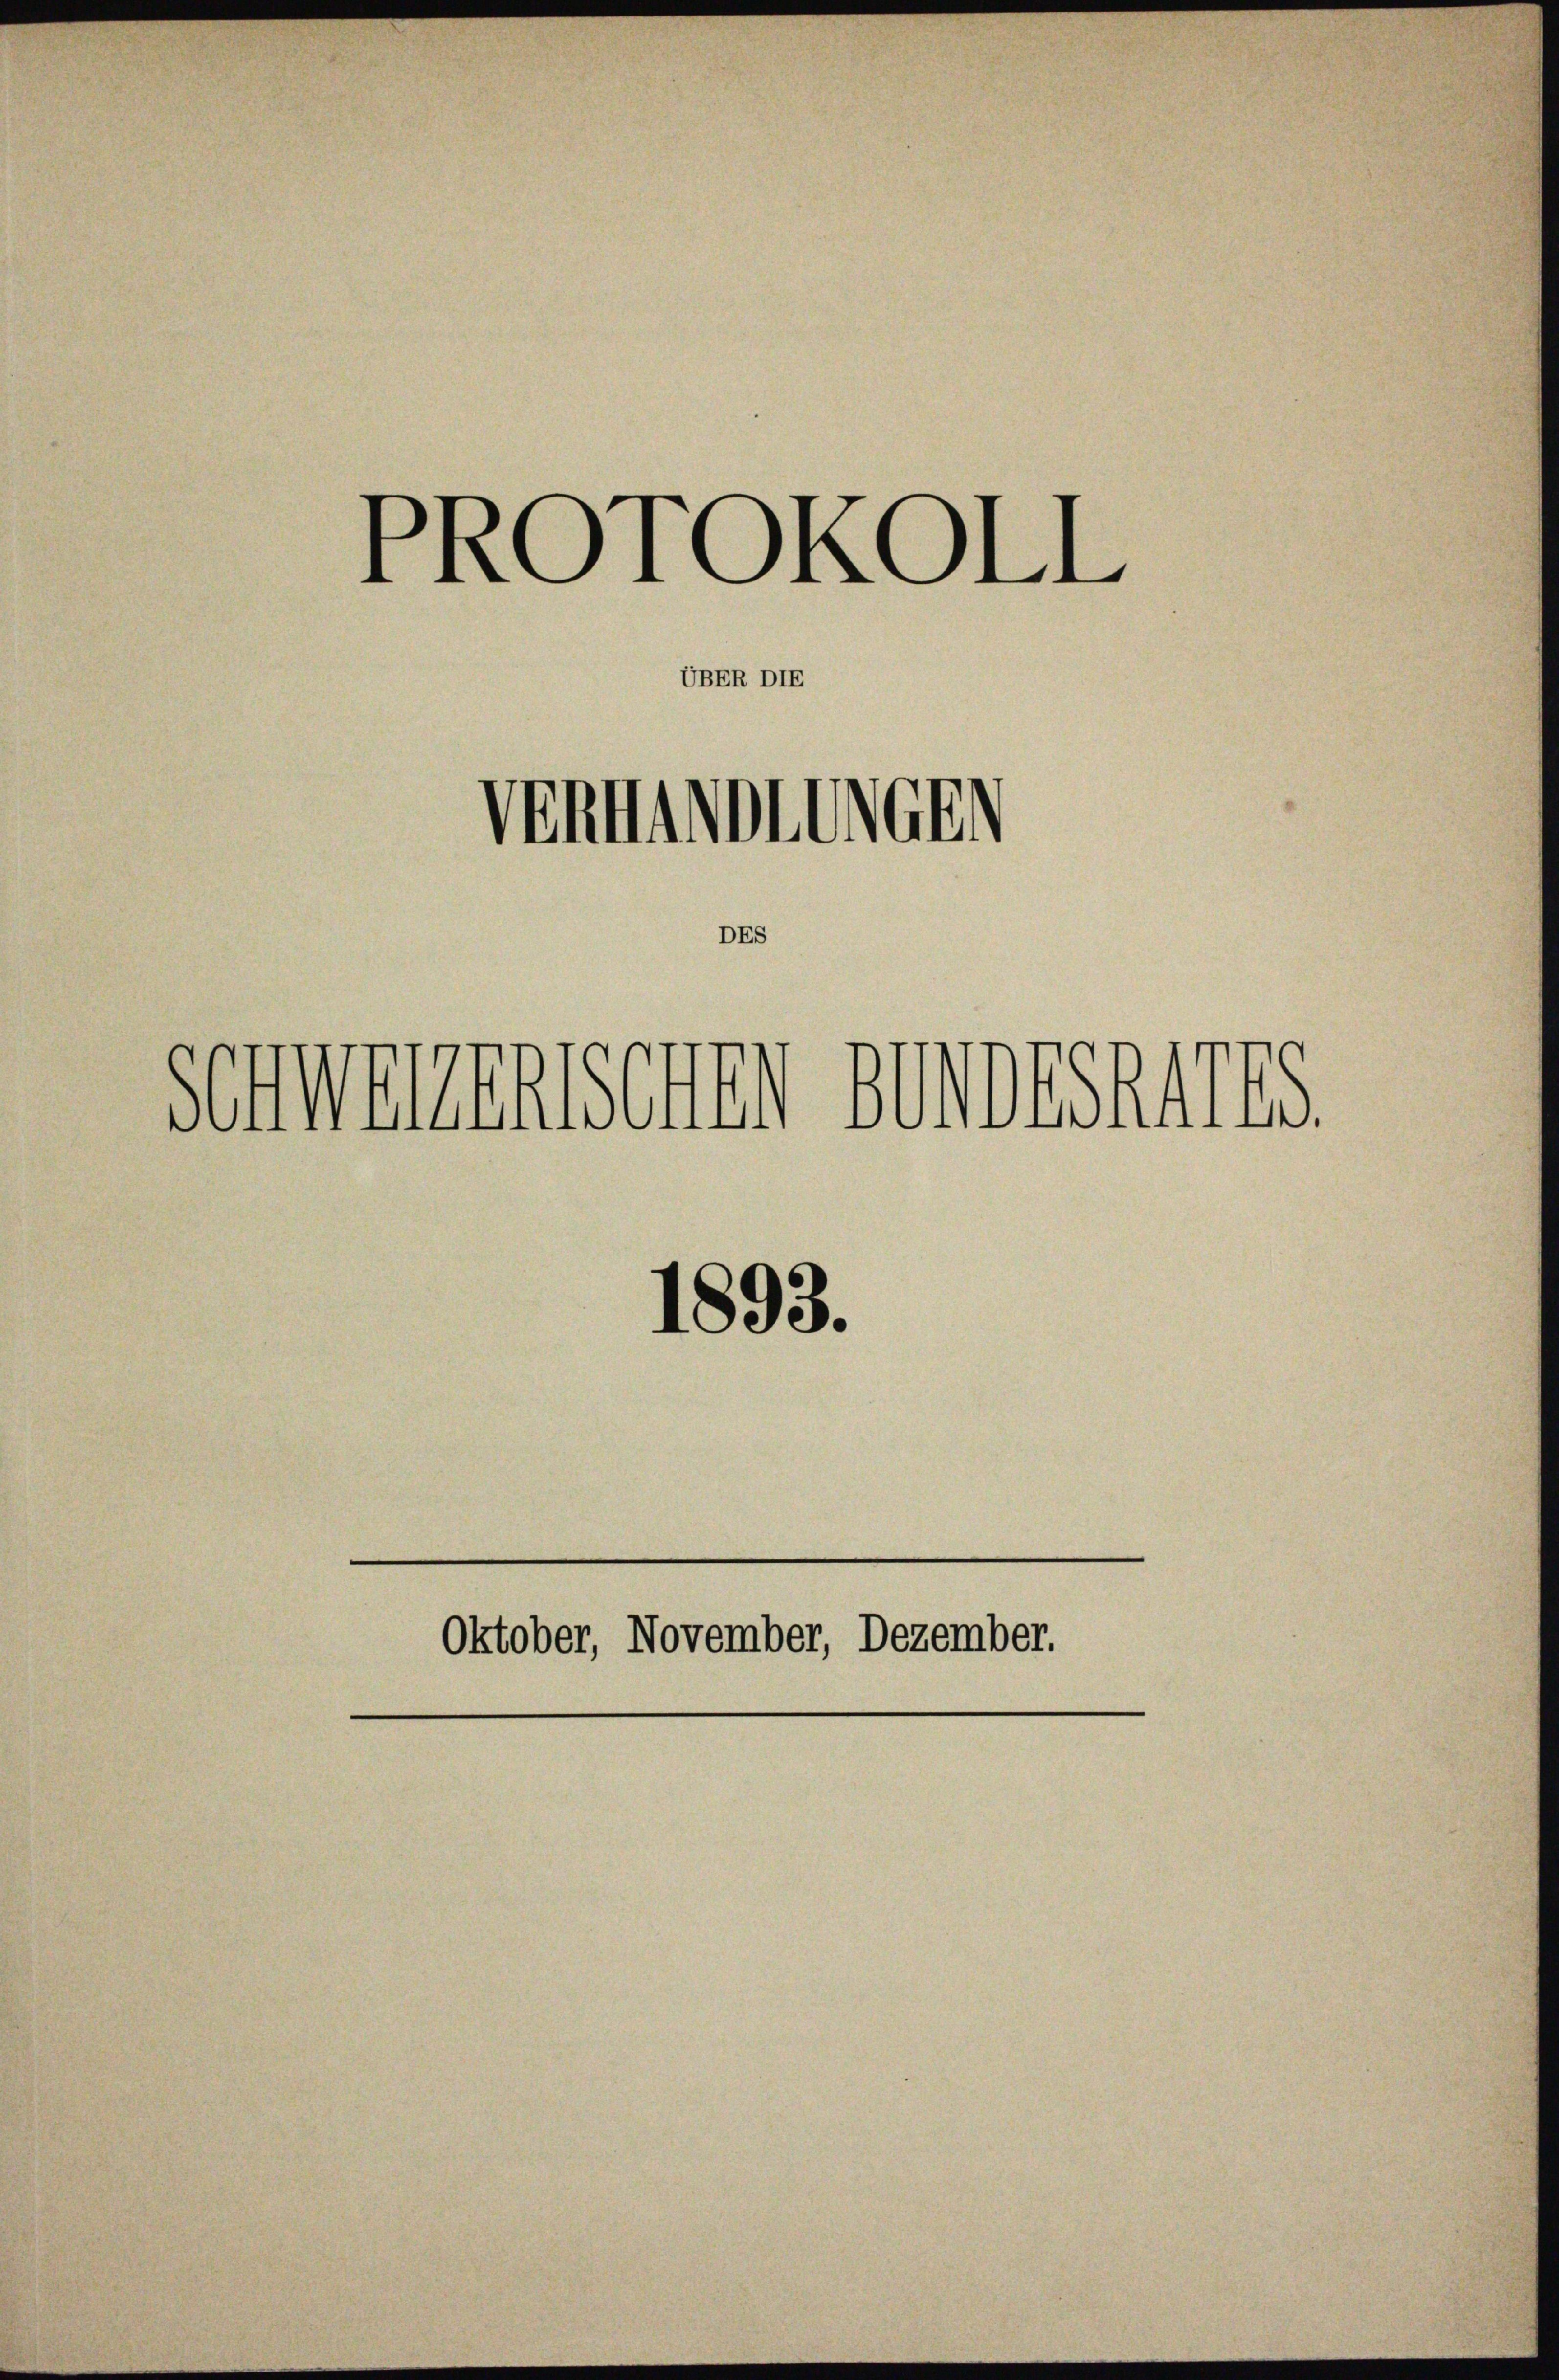
PROTOKOLL
UBER DIE
Vennimmteren

Schwerendenen wordeshalts.
1893.
Oktober, November, Dezember.

DES